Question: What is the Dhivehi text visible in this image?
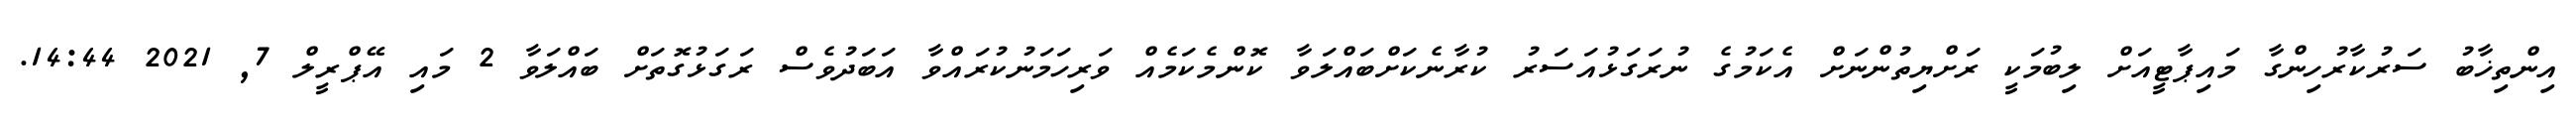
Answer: އިންތިޚާބު ސަރުކާރުހިންގާ މައިޕާޓީއަށް ލިބުމަކީ ރަށްޔިތުންނަށް އެކަމުގެ ނުރަގަޅުއަސަރު ކުރާނެކަށްބައްލަވާ ކޮންމެކަމެއް ވަރިހަމަނުކުރައްވާ އަބަދުވެސް ރަގަޅުގޮތަށް ބައްލަވާ 2 މައި އޭޕްރީލް 7, 2021 14:44.